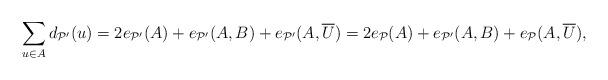
LaTeX: \begin{align*}\sum_{u \in A} d_{\mathcal{P}'}(u) &= 2e_{\mathcal{P}'}(A) + e_{\mathcal{P}'}(A,B) + e_{\mathcal{P}'}(A,\overline{U}) = 2e_{\mathcal{P}}(A) + e_{\mathcal{P}'}(A,B) + e_{\mathcal{P}}(A,\overline{U}),\end{align*}